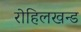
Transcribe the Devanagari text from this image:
रोहिलखन्ड